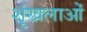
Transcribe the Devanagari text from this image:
शॄंखलाओं